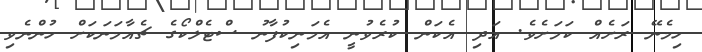
ހިމެނޭ ރަށެއް ކަމަށެވެ. އަދި އެކަން ކުރެވުނީ އެމަނިކުފާނު ސްޓެލްކޯގެ ޗެއާމަނަކަށް ހުންނެވި